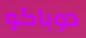
دوباكو